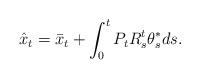
LaTeX: \begin{align*}\hat{x}_{t}=\bar{x}_{t}+\int_{0}^{t}P_{t}R_{s}^{t}\theta_{s}^{\ast}ds.\end{align*}